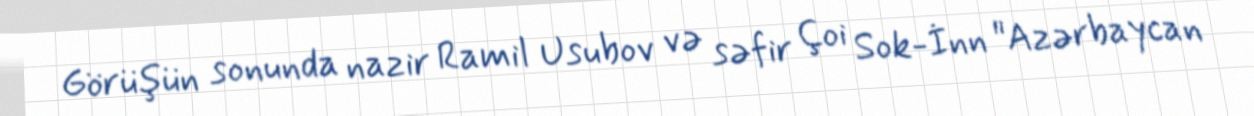
Görüşün sonunda nazir Ramil Usubov və səfir Çoi Sok-İnn "Azərbaycan